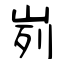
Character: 峛